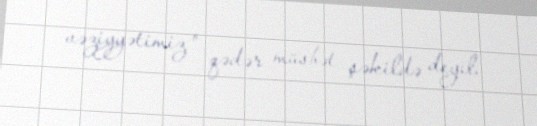
vəziyyətimiz o qədər müsbət şəkildə deyil.